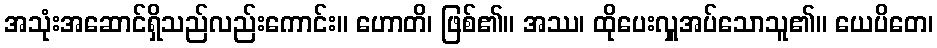
အသုံးအဆောင်ရှိသည်လည်းကောင်း။ ဟောတိ၊ ဖြစ်၏။ အဿ၊ ထိုပေးလှူအပ်သောသူ၏။ ယေပိတေ၊